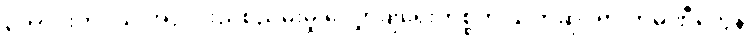
ကောင်းကင်ယံ အလင်းညစ်ညမ်းမှု လျှော့ချရေးကိစ္စကို သက်ဆိုင်ရာ ကုမ္ပဏီတွေနဲ့